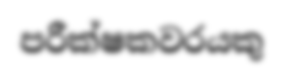
පරීක්ෂකවරයකු